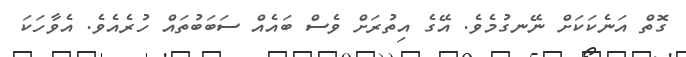
ގޮތް އަނެކަކަށް ނޭނގުމެވެ. އޭގެ އިތުރަށް ވެސް ބައެއް ސަބަބުތައް ހުރެއެވެ. އެވާހަކަ